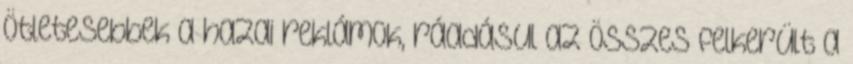
ötletesebbek a hazai reklámok, ráadásul az összes felkerült a